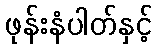
ဖုန်းနံပါတ်နှင့်